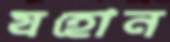
যহোন